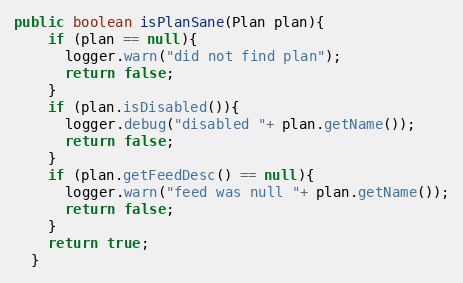
Language: Java
public boolean isPlanSane(Plan plan){
    if (plan == null){
      logger.warn("did not find plan");
      return false;
    }
    if (plan.isDisabled()){
      logger.debug("disabled "+ plan.getName());
      return false;
    }
    if (plan.getFeedDesc() == null){
      logger.warn("feed was null "+ plan.getName());
      return false;
    }
    return true;
  }